Leningradi_Edasi_toimetus, lk 147
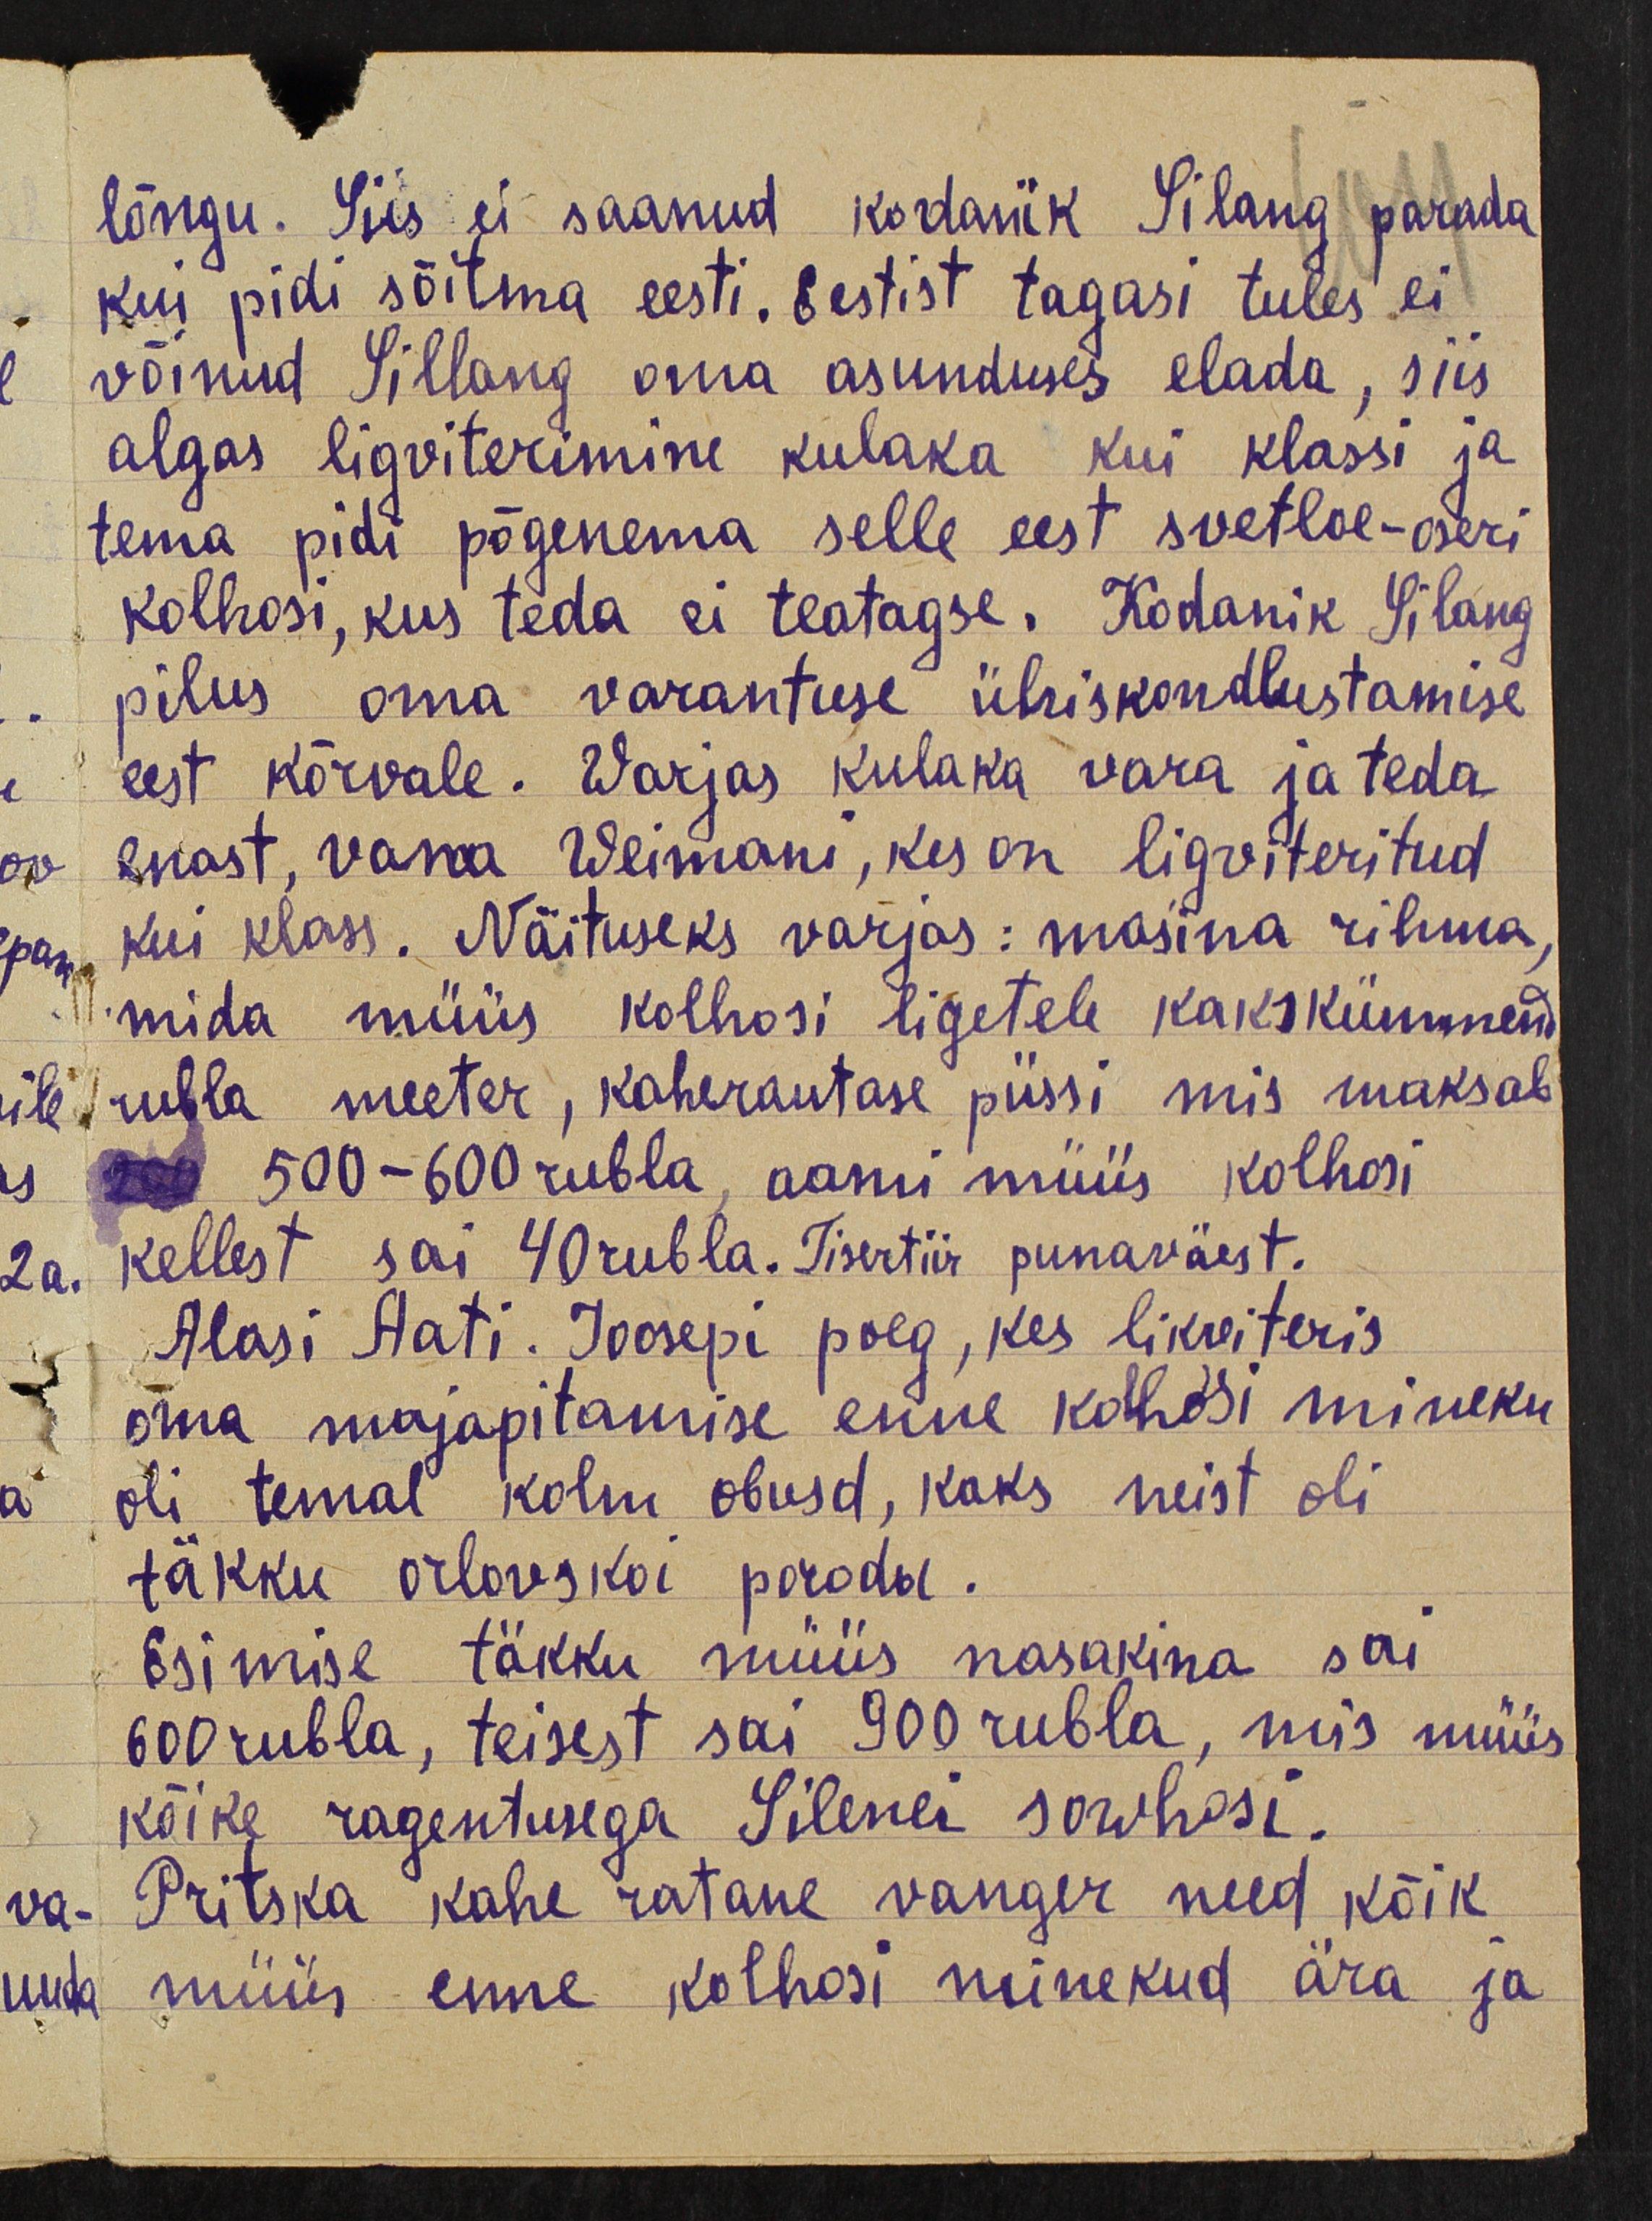
lõngu. Siis ei saanud kodanik Silang parada
kui pidi sõitma eesti. Eestist tagasi tules ei
võinud Sillang oma asunduses elada, siis
algas ligviterimine kulaka kui klassi ja
tema pidi põgenema selle eest svetloe-oseri
kolhosi, kus teda ei teatagse. Kodanik Silang
pilus oma varantuse ühiskondlustamise
eest kõrvale. Warjas kulaka vara ja teda
enast, vana Weimani, kes on ligviteritud
kui klass. Näituseks varjas: masina rihma
mida müüs kolhosi ligetele kakskümmend
üle rubla meeter, kaherautase püssi mis maksab
500-600 rubla, aami müüs kolhosi
kellest sai 40 rubla. Tisertiir punaväest.
Alasi Aati. Joosepi poeg, kes likviteris
oma majapitamise enne kolhosi mineku
oli temal kolm obusd, kaks neist oli
täkku orlovskoi poroda.
Esimise täkku müüs nasakina sai
600 rubla, teisest sai 900 rubla, mis müüs
kõike ragentusega Silenei sowhosi.
Pritska kahe ratane vanger need kõik
müüs enne kolhoosi minekud ära ja